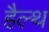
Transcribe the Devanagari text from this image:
हैल्‍थ